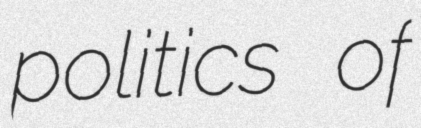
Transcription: politics of